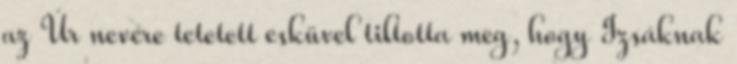
az Úr nevére tetetett esküvel tiltotta meg, hogy Izsáknak